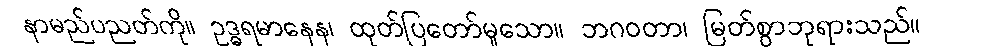
နာမည်ပညတ်ကို။ ဥဒ္ဓရမာနေန၊ ထုတ်ပြတော်မူသော။ ဘဂဝတာ၊ မြတ်စွာဘုရားသည်။